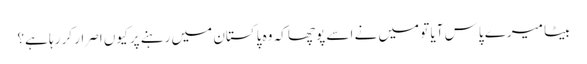
بیٹا میرے پاس آیا تو میں نے اسے پوچھا کہ وہ پاکستان میں رہنے پر کیوں اصرار کر رہا ہے؟